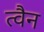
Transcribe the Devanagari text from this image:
त्वैन